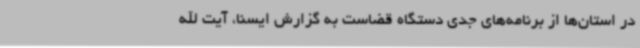
در استان‌ها از برنامه‌های جدی دستگاه قضاست به گزارش ایسنا، آیت الله